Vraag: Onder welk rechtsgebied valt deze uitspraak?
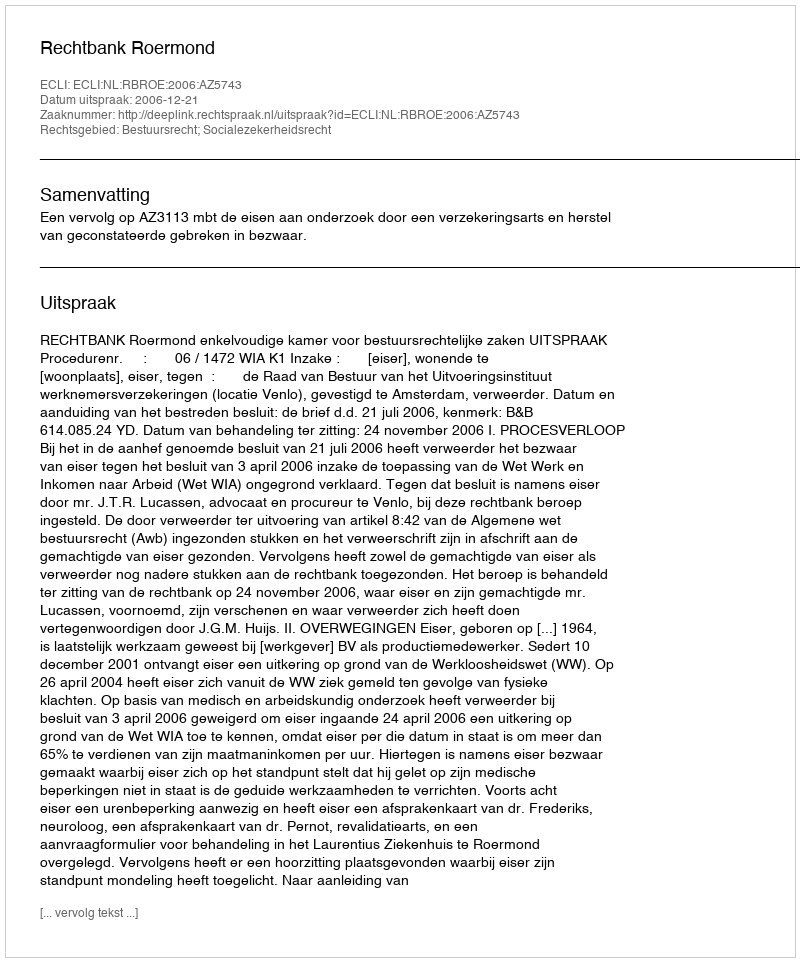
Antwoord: Bestuursrecht; Socialezekerheidsrecht